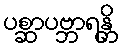
ပစ္ဆာပဗ္ဘာရန္တိ